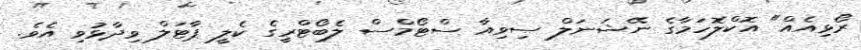
ރޯޅިއެއް" އޮކްލޮހަމާގެ ނޭޝަނަލް ސިވިއާ ސްޓޯމްސް ލެބޯޓްރީގެ ކެލީ ޕާޓަލް ވިދާޅުވި އެވެ.